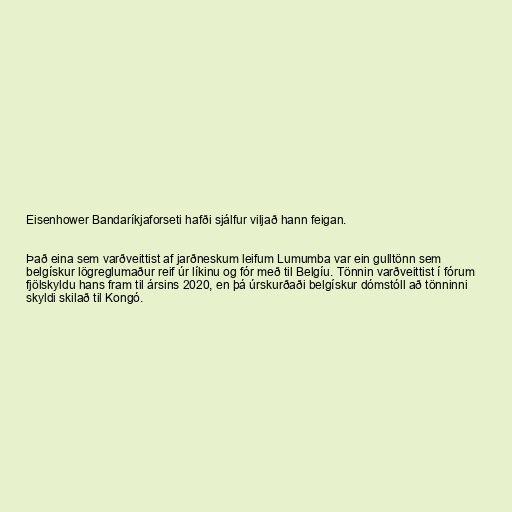
Eisenhower Bandaríkjaforseti hafði sjálfur viljað hann feigan.

Það eina sem varðveittist af jarðneskum leifum Lumumba var ein gulltönn sem
belgískur lögreglumaður reif úr líkinu og fór með til Belgíu. Tönnin varðveittist í fórum
fjölskyldu hans fram til ársins 2020, en þá úrskurðaði belgískur dómstóll að tönninni
skyldi skilað til Kongó.